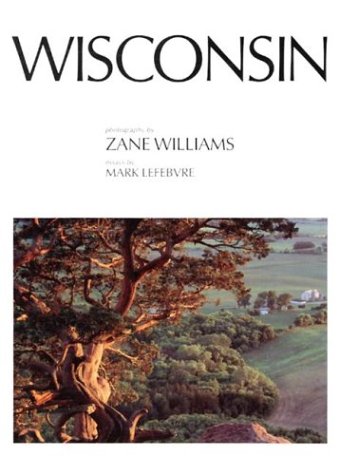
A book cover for Wisconsin; Mark Lefebvre; Travel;